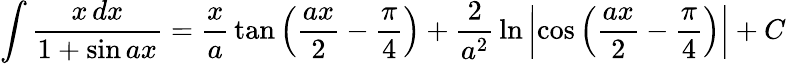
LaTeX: \int{\frac{x\, dx}{1+\sin ax}}={\frac{x}{a}}\tan\left({\frac{ax}{2}}-{\frac{\pi}{4}}\right)+{\frac{2}{a^{2}}}\ln\left|\cos\left({\frac{ax}{2}}-{\frac{\pi}{4}}\right)\right|+C